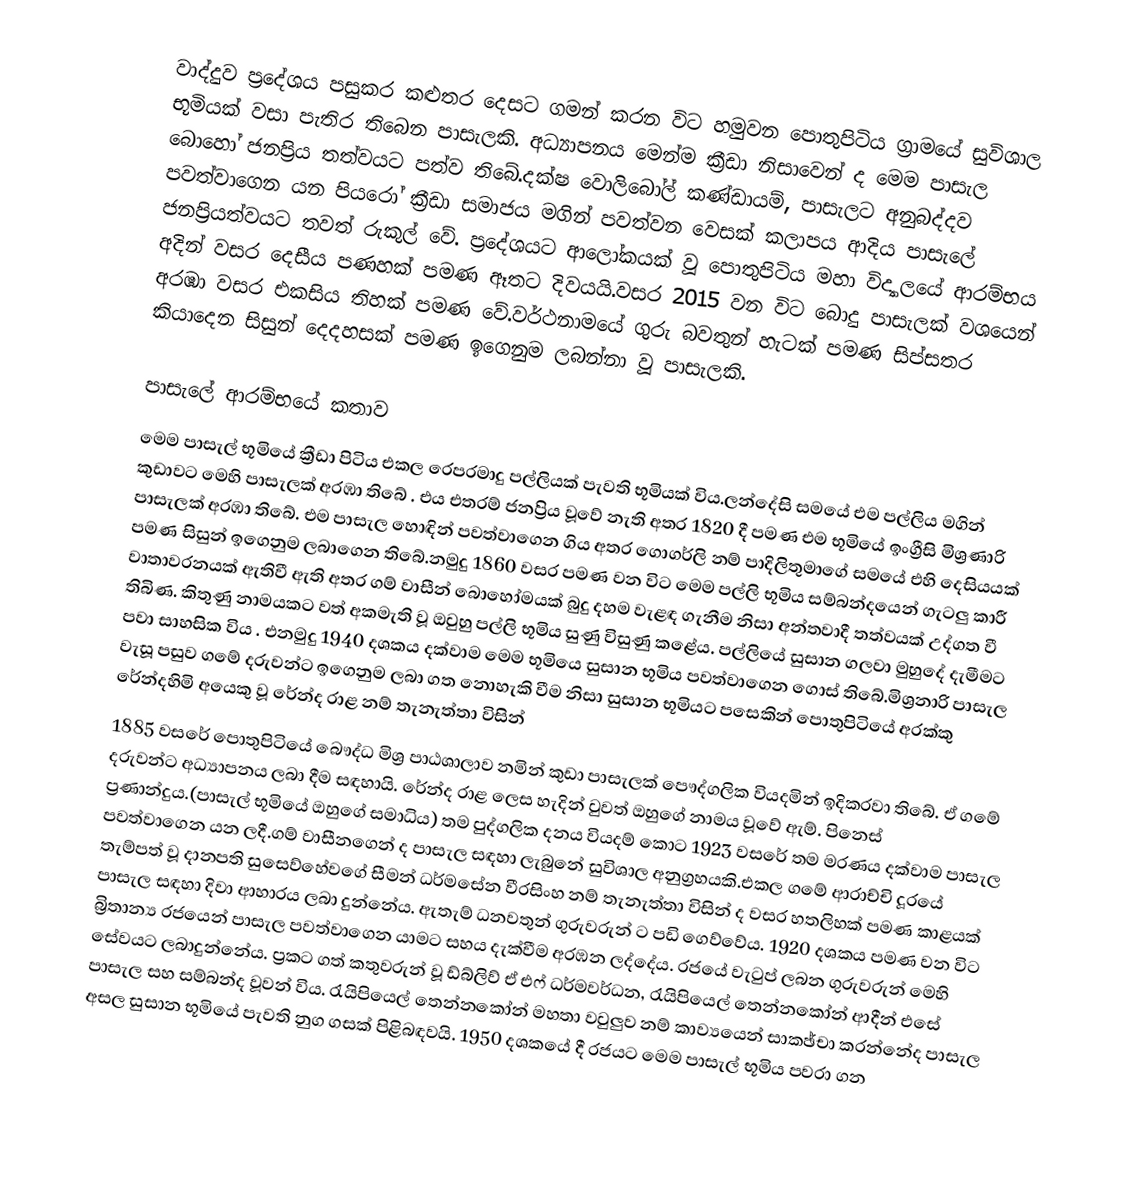
වාද්දුව ප්‍රදේශය පසුකර කළුතර දෙසට ගමන් කරන විට හමුවන පොතුපිටිය ග්‍රාමයේ සුවිශාල භූමියක් වසා පැතිර තිබෙන පාසැලකි. අධ්‍යාපනය මෙන්ම ක්‍රීඩා නිසාවෙන් ද මෙම පාසැල බොහෝ ජනප්‍රිය තත්වයට පත්ව තිබේ.දක්ෂ වොලිබෝල් කණ්ඩායම්, පාසැලට අනුබද්දව පවත්වාගෙන යන පියරෝ ක්‍රීඩා සමාජය මගින් පවත්වන වෙසක් කලාපය ආදිය පාසැලේ ජනප්‍රියත්වයට තවත් රුකුල් වේ.   ප්‍රදේශයට  ආලෝකයක් වූ පොතුපිටිය මහා විද්‍යාලයේ ආරම්භය අදින් වසර දෙසීය පණහක් පමණ ඈතට දිවයයි.වසර 2015 වන විට බොදු පාසැලක් වශයෙන් අරඹා වසර එකසිය තිහක් පමණ වේ.වර්ථනාමයේ ගුරු බවතුන් හැටක් පමණ සිප්සතර කියාදෙන සිසුන් දෙදහසක් පමණ ඉගෙනුම ලබන්නා වූ පාසැලකි.

පාසැලේ ආරම්භයේ කතාව
මෙම පාසැල් භූමියේ ක්‍රීඩා පිටිය එකල රෙපරමාදු පල්ලියක් පැවති භූමියක් විය.ලන්දේසි සමයේ  එම පල්ලිය මගින් කුඩාවට මෙහි පාසැලක් අරඹා තිබේ . එය එතරම් ජනප්‍රිය වූවේ නැති අතර 1820 දී පමණ එම භූමියේ ඉංග්‍රීසි  මිශ්‍රණාරි පාසැලක් අරඹා තිබේ. එම පාසැල හොඳින් පවත්වාගෙන ගිය අතර ගොගර්ලි නම් පාදිලිතුමාගේ සමයේ එහි දෙසියයක් පමණ සිසුන් ඉගෙනුම ලබාගෙන තිබේ.නමුදු   1860 වසර පමණ වන විට මෙම පල්ලි භූමිය සම්බන්දයෙන් ගැටලු කාරී වාතාවරනයක් ඇතිවී ඇති අතර ගම් වාසීන් බොහෝමයක් බුදු දහම වැළඳ ගැනීම නිසා අන්තවාදී තත්වයක් උද්ගත වී තිබිණ. කිතුණු නාමයකට වත් අකමැති වූ ඔවුහු පල්ලි භූමිය සුණු විසුණු කළේය. පල්ලියේ සුසාන ගලවා මුහුදේ දැමීමට පවා සාහසික විය . එනමුදු 1940 දශකය දක්වාම මෙම භූමියෙ සුසාන භූමිය පවත්වාගෙන ගොස් තිබේ.මිශ්‍රනාරි පාසැල වැසූ පසුව ගමේ දරුවන්ට ඉගෙනුම ලබා ගත නොහැකි වීම නිසා  සුසාන භූමියට පසෙකින් පොතුපිටියේ අරක්කු රේන්දහිමි අයෙකු වූ රේන්ද රාළ නම් තැනැත්තා විසින්
1885 වසරේ පොතුපිටියේ බෞද්ධ මිශ්‍ර පාඨශාලාව නමින් කුඩා පාසැලක් පෞද්ගලික වියදමින් ඉදිකරවා තිබේ. ඒ ගමේ දරුවන්ට අධ්‍යාපනය ලබා දීම සඳහායි. රේන්ද රාළ ලෙස හැදින් වුවත් ඔහුගේ නාමය වූවේ ඇම්. පිනෙස් ප්‍රණාන්දුය.(පාසැල් භූමියේ ඔහුගේ සමාධිය) තම පුද්ගලික දනය වියදම් කොට 1923 වසරේ තම මරණය දක්වාම පාසැල පවත්වාගෙන යන ලදී.ගම් වාසීනගෙන් ද පාසැල සඳහා ලැබුනේ සුවිශාල අනුග්‍රහයකි.එකල  ගමේ ආරාච්චි දූරයේ තැම්පත් වූ දානපති සුසෙව්හේවගේ සීමන් ධර්මසේන වීරසිංහ නම් තැනැත්තා විසින් ද වසර හතලිහක් පමණ කාළයක් පාසැල සඳහා දිවා ආහාරය ලබා දුන්නේය. ඇතැම් ධනවතුන් ගුරුවරුන් ට පඩි ගෙව්වේය. 1920 දශකය පමණ වන විට බ්‍රිතාන්‍ය රජයෙන් පාසැල පවත්වාගෙන යාමට සහය දැක්වීම අරඹන ලද්දේය. රජයේ වැටුප් ලබන ගුරුවරුන් මෙහි සේවයට ලබාදුන්නේය. ප්‍රකට ගත් කතුවරුන් වූ ඩ්බ්ලිව් ඒ එෆ් ධර්මවර්ධන, රැයිපියෙල් තෙන්නකෝන්  ආදීන් එසේ පාසැල සහ සම්බන්ද වූවන් විය. රැයිපියෙල් තෙන්නකෝන් මහතා වවුලුව නම් කාව්‍යයෙන් සාකඡ්‍චා කරන්නේද පාසැල අසල සුසාන භූමියේ පැවති නුග ගසක් පිළිබඳවයි. 1950 දශකයේ දී රජයට මෙම පාසැල් භූමිය පවරා ගන